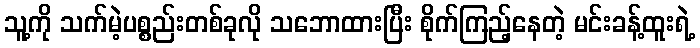
သူ့ကို သက်မဲ့ပစ္စည်းတစ်ခုလို သဘောထားပြီး စိုက်ကြည့်နေတဲ့ မင်းခန့်ထူးရဲ့